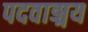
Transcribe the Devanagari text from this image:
पदवाङ्मय